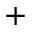
+